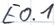
Text: E0.1